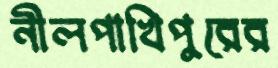
নীলপাখিপুরের